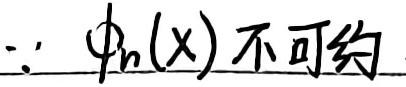
$\because$ $\phi_{n}(x)$ 不可约

注：在LaTeX中，一般可将此内容分两部分，“$\because$”放在数学模式，“不可约”放在文本模式。实际使用时，可根据具体文档结构和排版需求进一步调整。上述只是遵循你所给规则的输出。